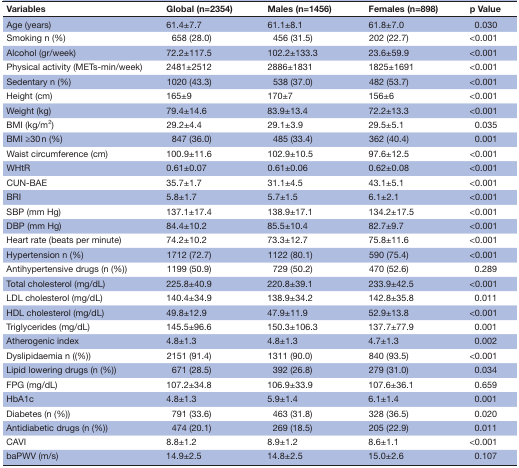
<table><thead><tr><td><b>Variables</b></td><td><b>Global (n=2354)</b></td><td><b>Males (n=1456)</b></td><td><b>Females (n=898)</b></td><td><b>p Value</b></td></tr></thead><tbody><tr><td>Age (years)</td><td>61.4±7.7</td><td>61.1±8.1</td><td>61.8±7.0</td><td>0.030</td></tr><tr><td>Smoking n (%)</td><td>658 (28.0)</td><td>456 (31.5)</td><td>202 (22.7)</td><td>&lt;0.001</td></tr><tr><td>Alcohol (gr/week)</td><td>72.2±117.5</td><td>102.2±133.3</td><td>23.6±59.9</td><td>&lt;0.001</td></tr><tr><td>Physical activity (METs-min/week)</td><td>2481±2512</td><td>2886±1831</td><td>1825±1691</td><td>&lt;0.001</td></tr><tr><td>Sedentary n (%)</td><td>1020 (43.3)</td><td>538 (37.0)</td><td>482 (53.7)</td><td>&lt;0.001</td></tr><tr><td>Height (cm)</td><td>165±9</td><td>170±7</td><td>156±6</td><td>&lt;0.001</td></tr><tr><td>Weight (kg)</td><td>79.4±14.6</td><td>83.9±13.4</td><td>72.2±13.3</td><td>&lt;0.001</td></tr><tr><td>BMI (kg/m<sup>2</sup>)</td><td>29.2±4.4</td><td>29.1±3.9</td><td>29.5±5.1</td><td>0.035</td></tr><tr><td>BMI ≥30 n (%)</td><td>847 (36.0)</td><td>485 (33.4)</td><td>362 (40.4)</td><td>0.001</td></tr><tr><td>Waist circumference (cm)</td><td>100.9±11.6</td><td>102.9±10.5</td><td>97.6±12.5</td><td>&lt;0.001</td></tr><tr><td>WHtR</td><td>0.61±0.07</td><td>0.61±0.06</td><td>0.62±0.08</td><td>&lt;0.001</td></tr><tr><td>CUN-BAE</td><td>35.7±1.7</td><td>31.1±4.5</td><td>43.1±5.1</td><td>&lt;0.001</td></tr><tr><td>BRI</td><td>5.8±1.7</td><td>5.7±1.5</td><td>6.1±2.1</td><td>&lt;0.001</td></tr><tr><td>SBP (mm Hg)</td><td>137.1±17.4</td><td>138.9±17.1</td><td>134.2±17.5</td><td>&lt;0.001</td></tr><tr><td>DBP (mm Hg)</td><td>84.4±10.2</td><td>85.5±10.4</td><td>82.7±9.7</td><td>&lt;0.001</td></tr><tr><td>Heart rate (beats per minute)</td><td>74.2±10.2</td><td>73.3±12.7</td><td>75.8±11.6</td><td>&lt;0.001</td></tr><tr><td>Hypertension n (%)</td><td>1712 (72.7)</td><td>1122 (80.1)</td><td>590 (75.4)</td><td>&lt;0.001</td></tr><tr><td>Antihypertensive drugs (n (%))</td><td>1199 (50.9)</td><td>729 (50.2)</td><td>470 (52.6)</td><td>0.289</td></tr><tr><td>Total cholesterol (mg/dL)</td><td>225.8±40.9</td><td>220.8±39.1</td><td>233.9±42.5</td><td>&lt;0.001</td></tr><tr><td>LDL cholesterol (mg/dL)</td><td>140.4±34.9</td><td>138.9±34.2</td><td>142.8±35.8</td><td>0.011</td></tr><tr><td>HDL cholesterol (mg/dL)</td><td>49.8±12.9</td><td>47.9±11.9</td><td>52.9±13.8</td><td>&lt;0.001</td></tr><tr><td>Triglycerides (mg/dL)</td><td>145.5±96.6</td><td>150.3±106.3</td><td>137.7±77.9</td><td>0.001</td></tr><tr><td>Atherogenic index</td><td>4.8±1.3</td><td>4.8±1.3</td><td>4.7±1.3</td><td>0.002</td></tr><tr><td>Dyslipidaemia n ((%))</td><td>2151 (91.4)</td><td>1311 (90.0)</td><td>840 (93.5)</td><td>&lt;0.001</td></tr><tr><td>Lipid lowering drugs (n (%))</td><td>671 (28.5)</td><td>392 (26.8)</td><td>279 (31.0)</td><td>0.034</td></tr><tr><td>FPG (mg/dL)</td><td>107.2±34.8</td><td>106.9±33.9</td><td>107.6±36.1</td><td>0.659</td></tr><tr><td>HbA1c</td><td>4.8±1.3</td><td>5.9±1.4</td><td>6.1±1.4</td><td>0.001</td></tr><tr><td>Diabetes (n (%))</td><td>791 (33.6)</td><td>463 (31.8)</td><td>328 (36.5)</td><td>0.020</td></tr><tr><td>Antidiabetic drugs (n (%))</td><td>474 (20.1)</td><td>269 (18.5)</td><td>205 (22.9)</td><td>0.011</td></tr><tr><td>CAVI</td><td>8.8±1.2</td><td>8.9±1.2</td><td>8.6±1.1</td><td>&lt;0.001</td></tr><tr><td>baPWV (m/s)</td><td>14.9±2.5</td><td>14.8±2.5</td><td>15.0±2.6</td><td>0.107</td></tr></tbody></table>